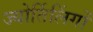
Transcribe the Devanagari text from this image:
ज्‍योर्तिलिंगों